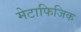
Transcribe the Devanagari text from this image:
मेटाफिजिक